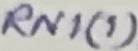
Text: RN1(1)